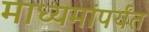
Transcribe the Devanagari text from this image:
माध्यमांपर्यंत